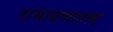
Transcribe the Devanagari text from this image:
रामायणातला